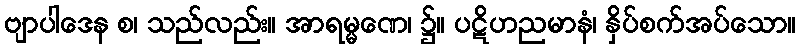
ဗျာပါဒေန စ၊ သည်လည်း။ အာရမ္မဏေ၊ ၌။ ပဋိဟညမာနံ၊ နှိပ်စက်အပ်သော။